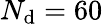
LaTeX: N_{\mathrm{d}}=60